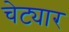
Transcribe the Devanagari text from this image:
चेट्यार